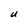
Character: U